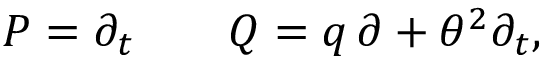
{ \cal P } = \partial _ { t } \qquad { \cal Q } = q \, \partial + \theta ^ { 2 } \partial _ { t } ,